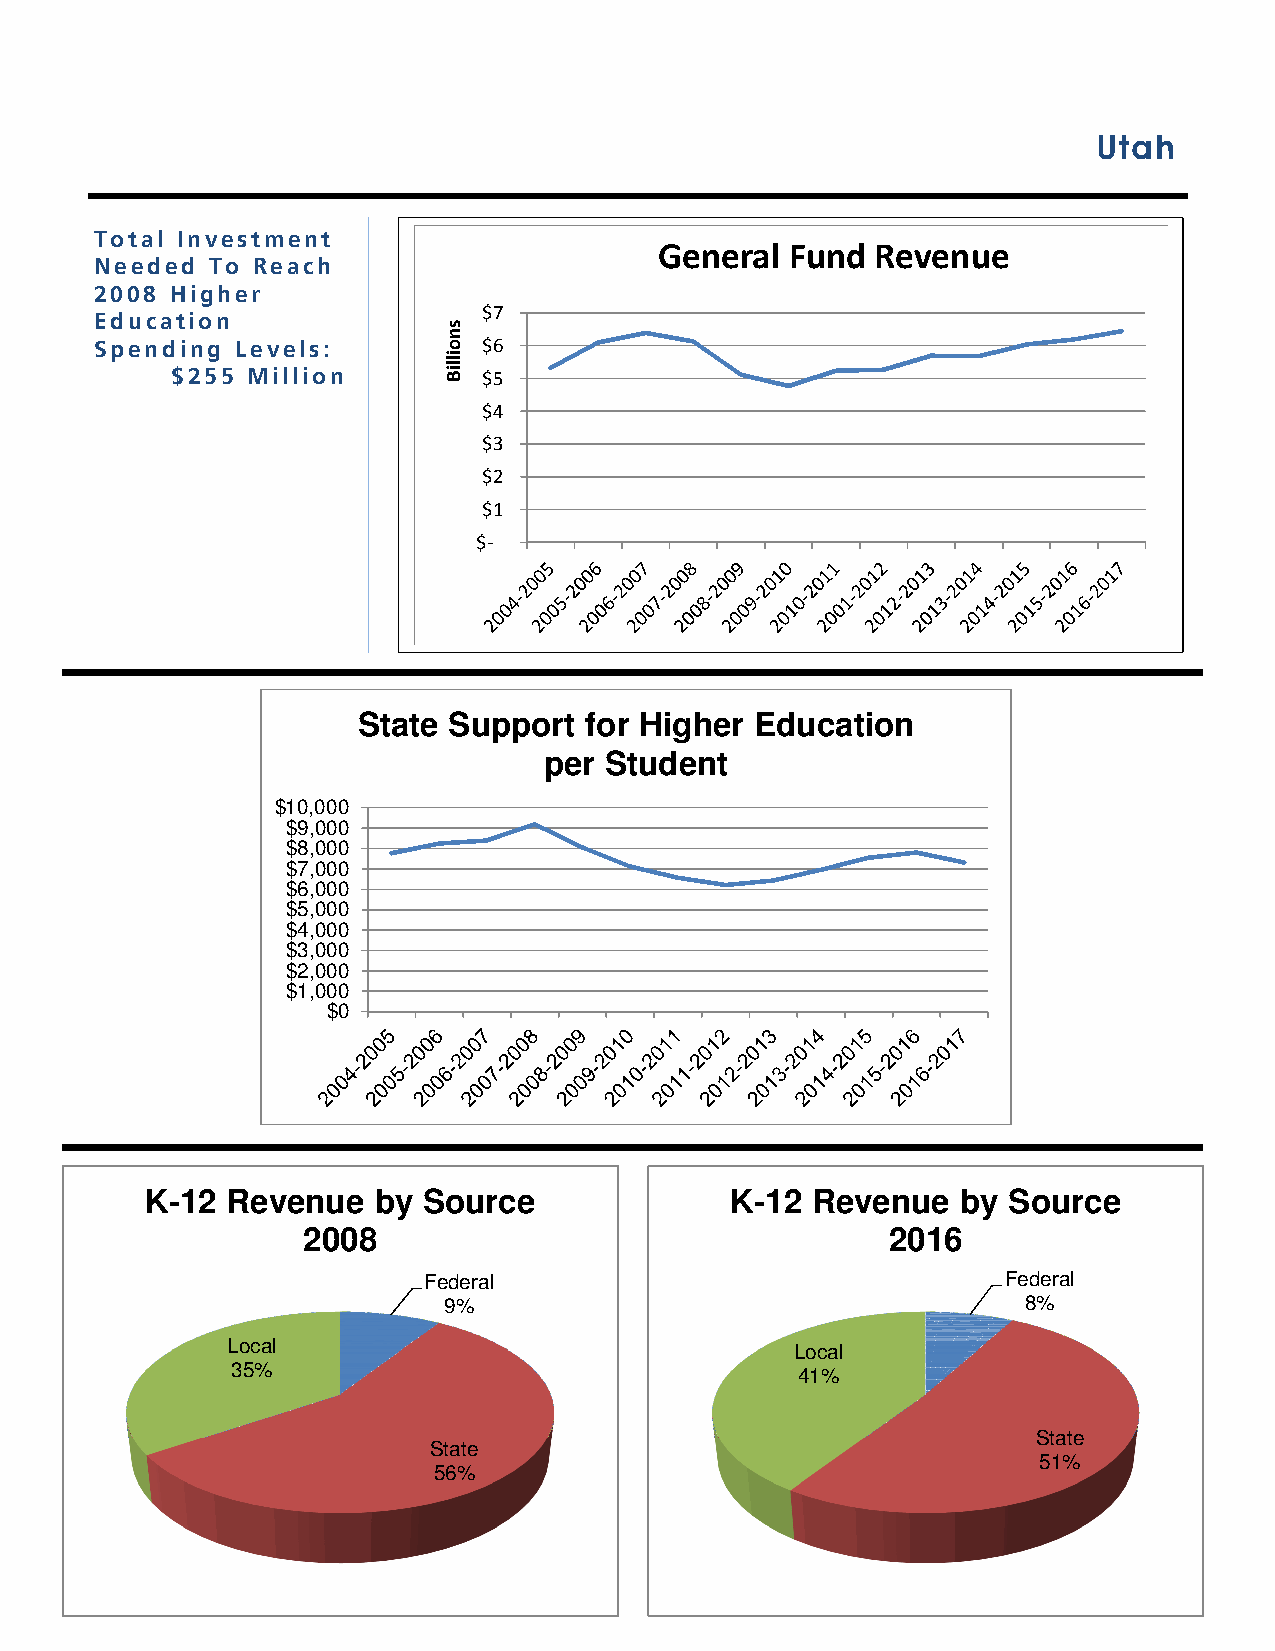
Utah
 Total Investment                      General Fund  Revenue
 Needed  To Reach
 2008 Higher
 $7
 Education
 Spending  Levels:         $6
 $255 Million         $5
 $4
 $3
 $2
 $1
 $-
 State Support  for Higher Education
 per Student
 $10,000
 $9,000
 $8,000
 $7,000
 $6,000
 $5,000
 $4,000
 $3,000
 $2,000
 $1,000
 $0
 K-12 Revenue   by Source              K-12  Revenue   by Source
 2008                                   2016
 Federal                                Federal
 9%                                     8%
 Local                                 Local
 35%                                   41%
 State
 State
 51%
 56%
 snoilliB